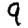
Digit: 9